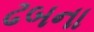
ઢબના